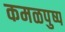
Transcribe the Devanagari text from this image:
कमळपुष्प